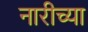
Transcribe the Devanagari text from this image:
नारीच्या